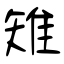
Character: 雉